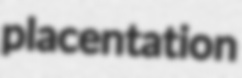
placentation